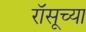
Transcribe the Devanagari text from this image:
रॉसूच्या